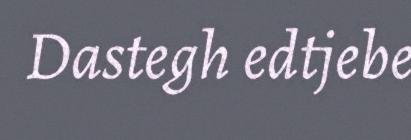
Dastegh edtjebe